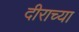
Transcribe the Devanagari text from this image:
दीराच्या